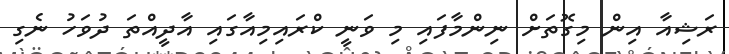
ރަޝިއާ އިން މިގޮތަށް ނިންމާފައި މި ވަނީ ކްރައިމިއާގައި އާދީއްތަ ދުވަހު ނެގި